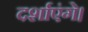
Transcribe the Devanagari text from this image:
दर्शाएंगे।